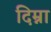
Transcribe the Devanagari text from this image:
दिम्ना